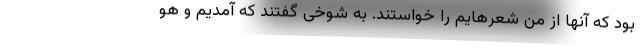
بود که آنها از من شعرهایم را خواستند. به شوخی گفتند که آمدیم و هو